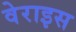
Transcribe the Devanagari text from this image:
वेराइस